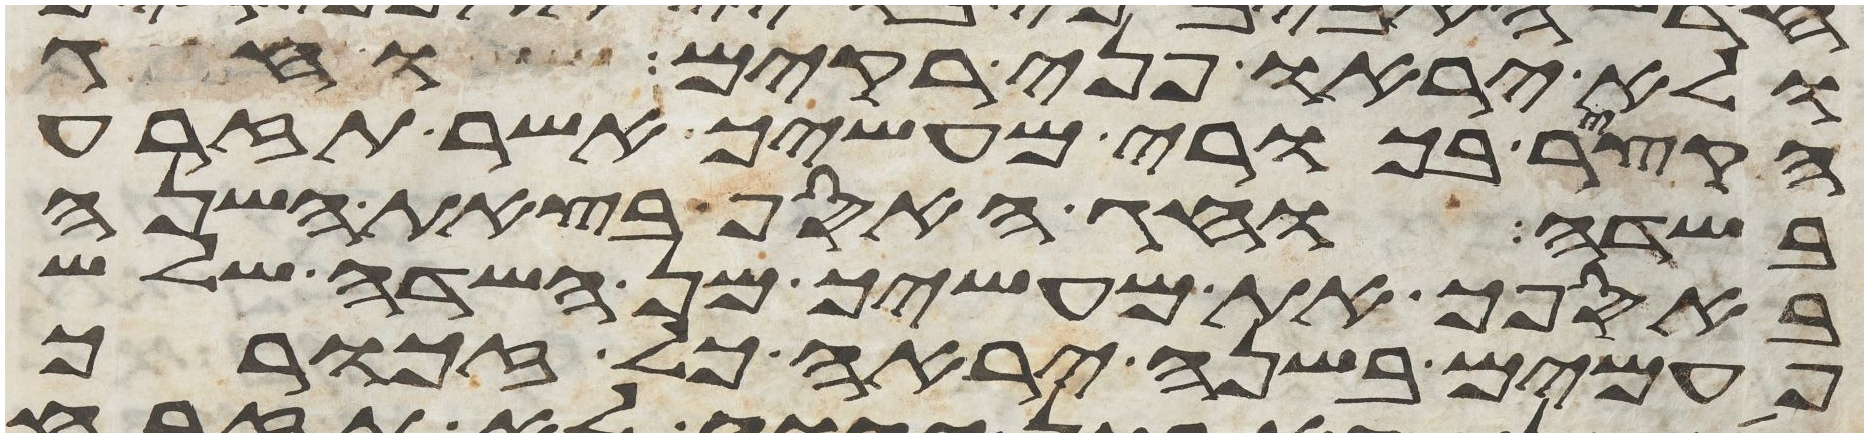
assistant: ולא יראו פני רקים וחג
הקציר בכורי מעשיך אשר תזרע
בשדה וחג האסף בצאת השנה
באספך את מעשיך מן השדה שלש
פעמים בשנה יראה כל זכורך